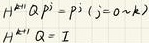
\begin{align*}
H^{(k)} Q^p &= P^j \ (j = 0 \sim k) \\
H^{(k)} Q &= I
\end{align*}